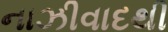
નાઝીવાદથી